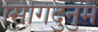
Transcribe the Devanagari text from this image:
सिंगिदुनुम